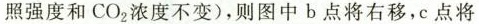
照强度和CO_{2}浓度不变），则图中b点将右移，c点将